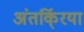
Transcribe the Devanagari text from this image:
अंतर्कि्रया